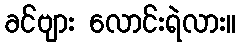
ခင်ဗျား လောင်းရဲလား။